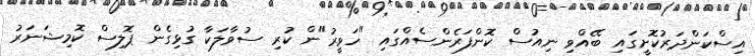
އިސްކަންދަރުކޮށީގައި ބޭއްވި ނިއުސް ކޮންފަރެންސެއްގައި "ހަވީރު"ން ކުރި ސުވާލަކާ ގުޅިގެން ޕޮލިސް ކޮމިޝަނަރު